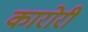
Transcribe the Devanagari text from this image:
कारोरी